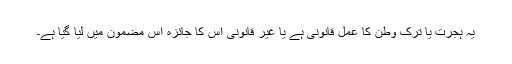
یہ ہجرت یا ترک وطن کا عمل قانونی ہے یا غیر قانونی اس کا جائزہ اس مضمون میں لیا گیا ہے۔